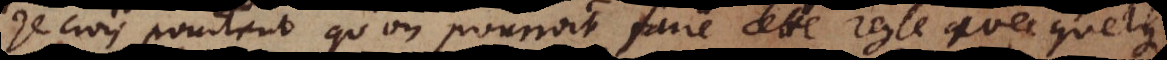
Je crois pourtant qu’on pourroit faire cette regle avec quelque